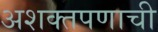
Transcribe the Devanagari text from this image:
अशक्तपणाची